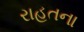
રાહતના